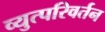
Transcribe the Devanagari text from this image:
व्युत्परिवर्तन